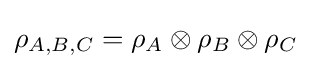
\rho _{A,B,C}=\rho _{A}\otimes \rho _{B}\otimes \rho _{C}